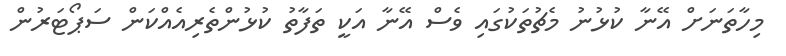
މިހާތަނަށް އޭނާ ކުޅުނު މެޗުތަކުގައި ވެސް އޭނާ އަކީ ތަފާތު ކުޅުންތެރިއެއްކަން ސަޕޯޓަރުން